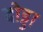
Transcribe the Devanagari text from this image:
दोड्डा